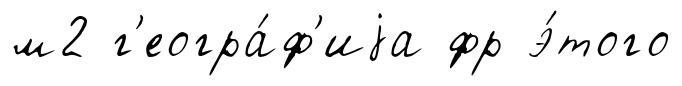
м2 г'еогра́ф'иjа фр э́того